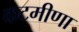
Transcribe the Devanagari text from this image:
कटमीणा